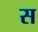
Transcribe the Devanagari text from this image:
स